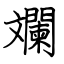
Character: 斕